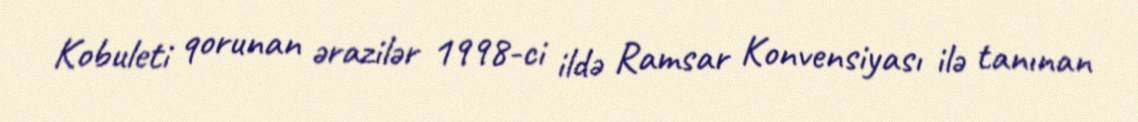
Kobuleti qorunan ərazilər 1998-ci ildə Ramsar Konvensiyası ilə tanınan